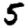
Digit: 5